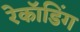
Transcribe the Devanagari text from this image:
रेकॉडिंग